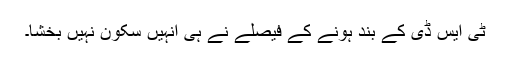
ٹی ایس ڈی کے بند ہونے کے فیصلے نے ہی انہیں سکون نہیں بخشا۔